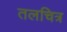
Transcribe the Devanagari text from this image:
तलचित्र